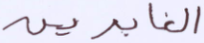
الغابرين